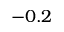
- 0 . 2